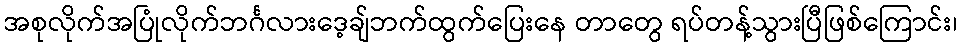
အစုလိုက်အပြုံလိုက်ဘင်္ဂလားဒေ့ချ်ဘက်ထွက်ပြေးနေ တာတွေ ရပ်တန့်သွားပြီဖြစ်ကြောင်း၊